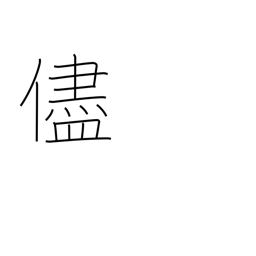
Meaning: because